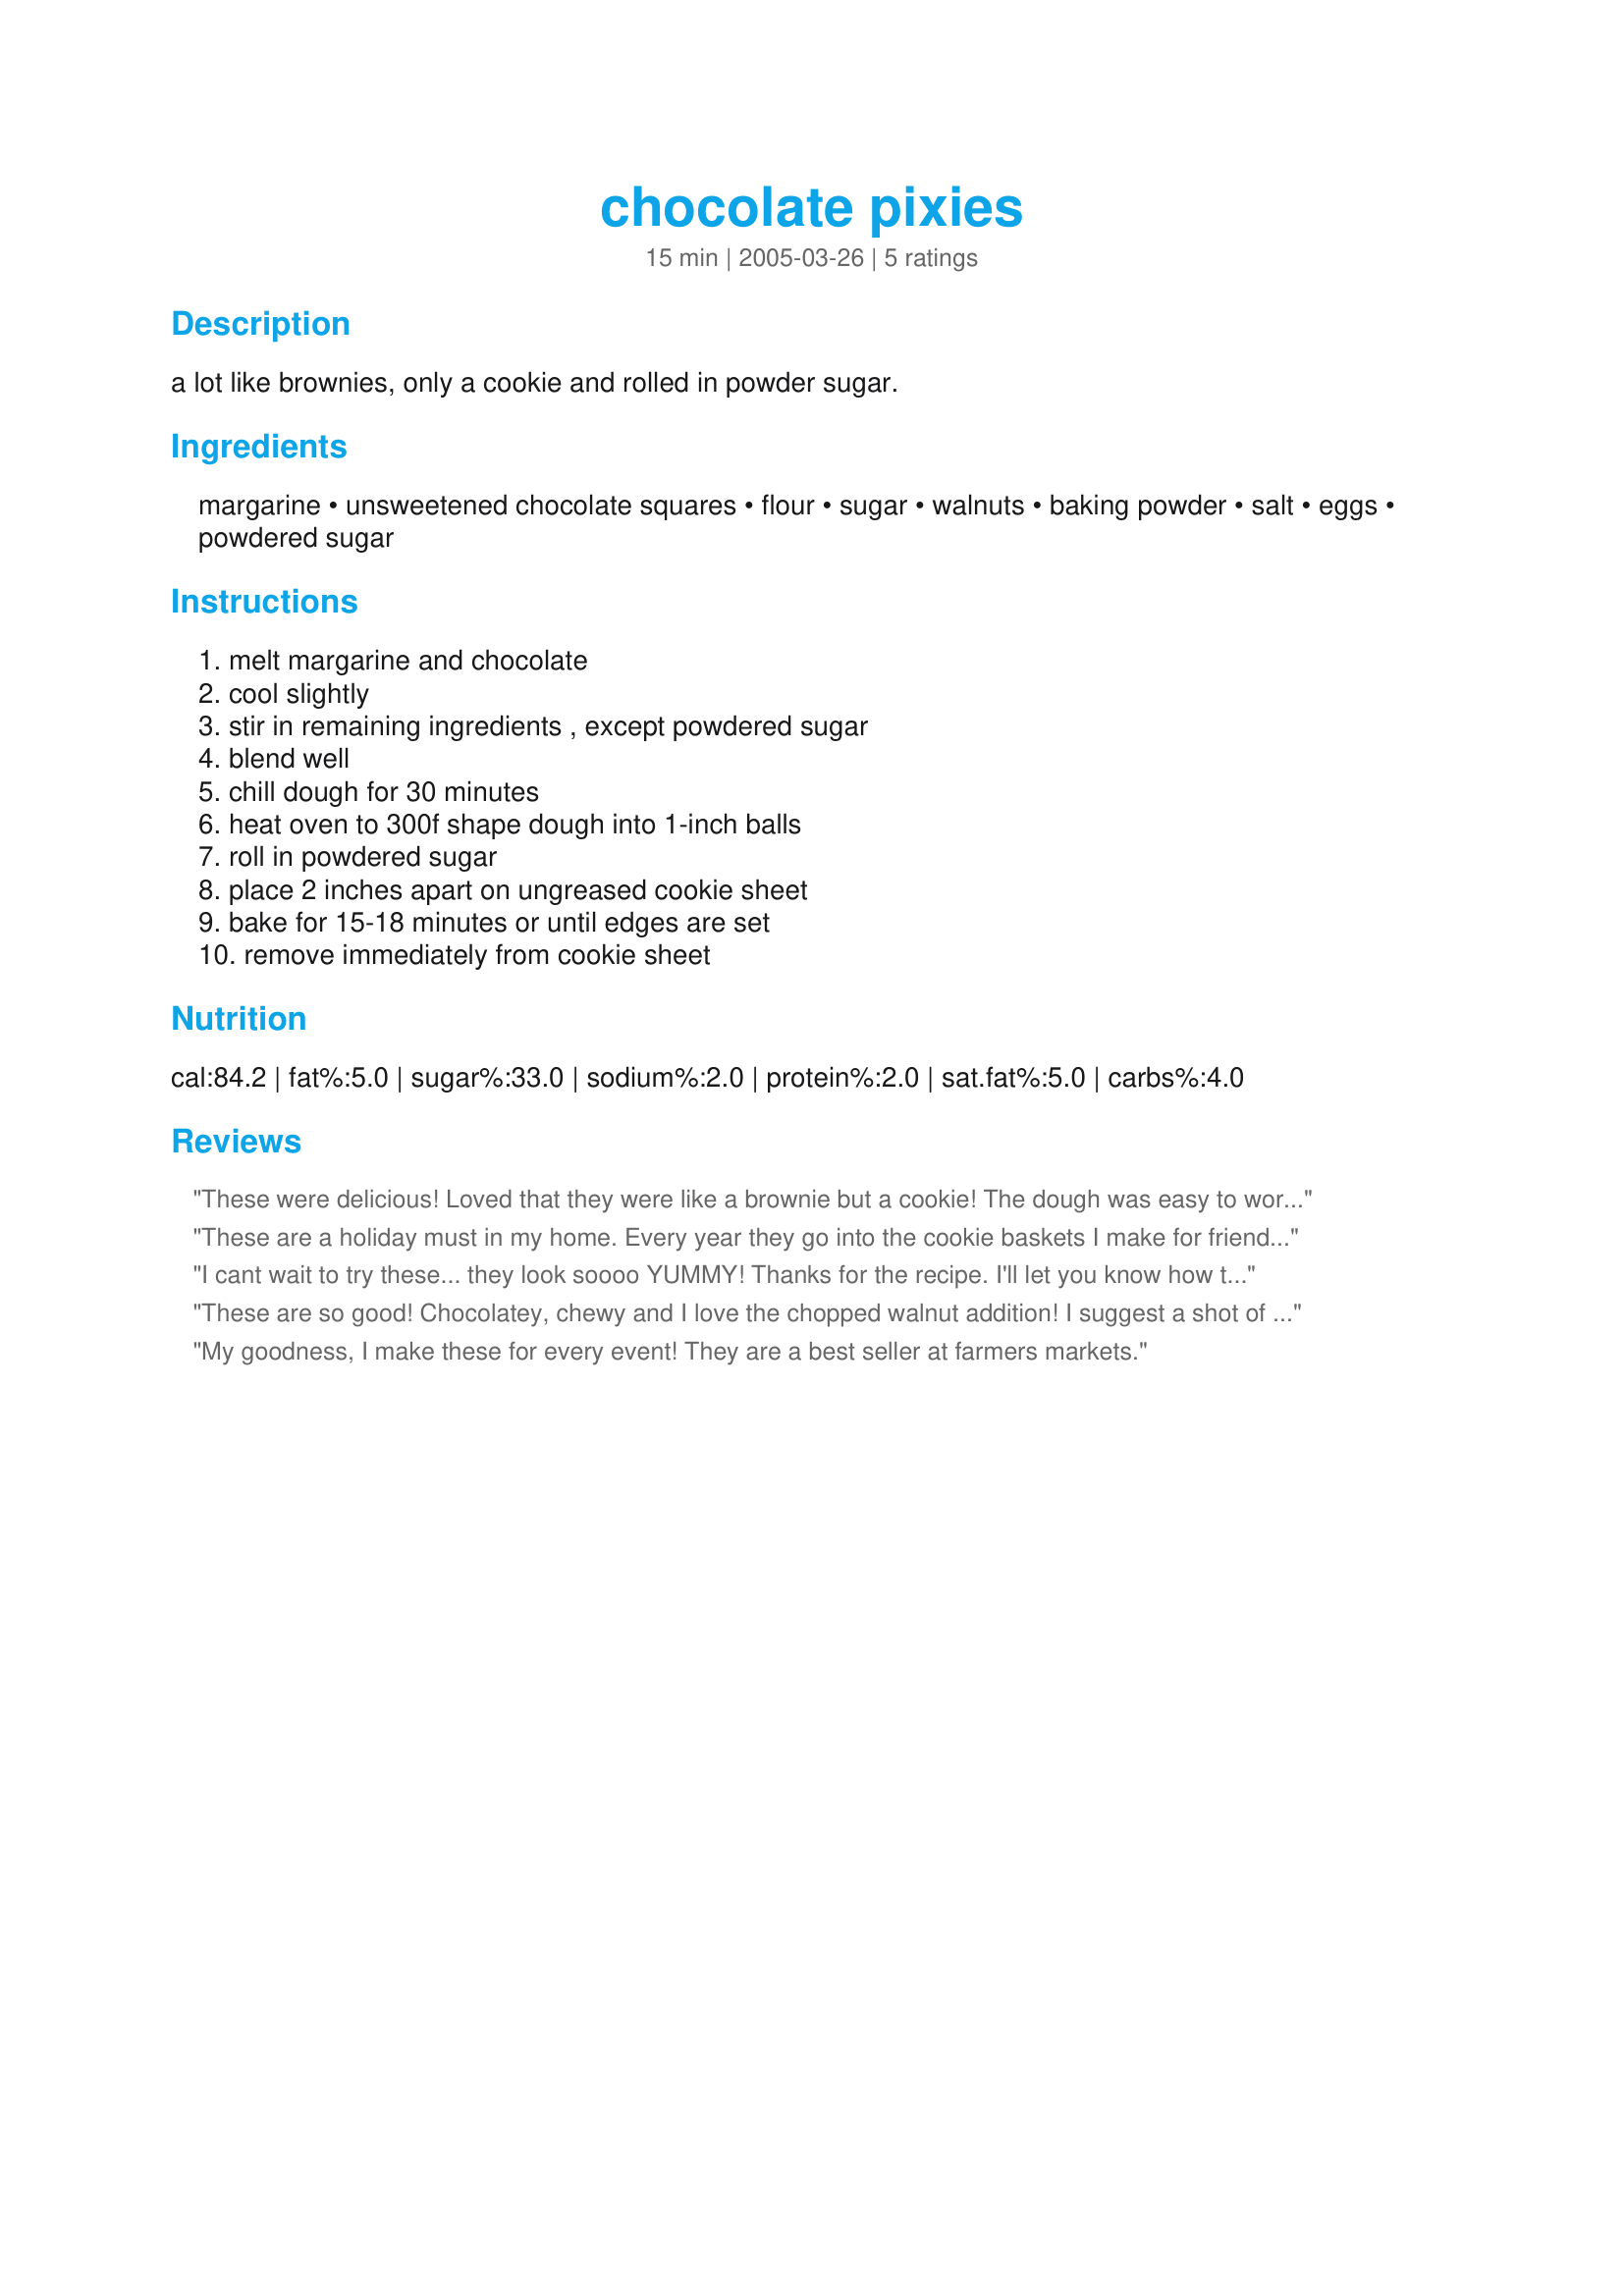
chocolate pixies
Preparation time: 15 minutes

a lot like brownies, only a cookie and rolled in powder sugar.

Ingredients:
margarine, unsweetened chocolate squares, flour, sugar, walnuts, baking powder, salt, eggs, powdered sugar

Steps:
melt margarine and chocolate, cool slightly, stir in remaining ingredients , except powdered sugar, blend well, chill dough for 30 minutes, heat oven to 300f shape dough into 1-inch balls, roll in powdered sugar, place 2 inches apart on ungreased cookie sheet, bake for 15-18 minutes or until edges are set, remove immediately from cookie sheet

Reviews:
These were delicious! Loved that they were like a brownie but a cookie! The dough was easy to work with too, not too sticky. Will definitely be making these more often.
These are a holiday must in my home. Every year they go into the cookie baskets I make for friends and family, and every year they are loved. The only thing I do differently is most of the time I don't add the nuts. I try to stay away from nuts when baking for other people just in case they have allergies. Other then that this is the exact recipe I use and it sure is a good one!
I cant wait to try these... they look soooo YUMMY! Thanks for the recipe. I'll let you know how they are.
I have made them, and they are delicious. I think I have a recipe like them that I've made before. Remember to not cook them too long, though. I almost did. :)
Thanks for a good recipe!
These are so good! Chocolatey, chewy and I love the chopped walnut addition! I suggest a shot of non stick cooking spray on the baking sheet because my first pan of them stuck pretty good, but came right off when I used the spray. A little messy to work with, but all in all well worth it! Thanks for a great cookie! :)
My goodness, I make these for every event! They are a best seller at farmers markets.
